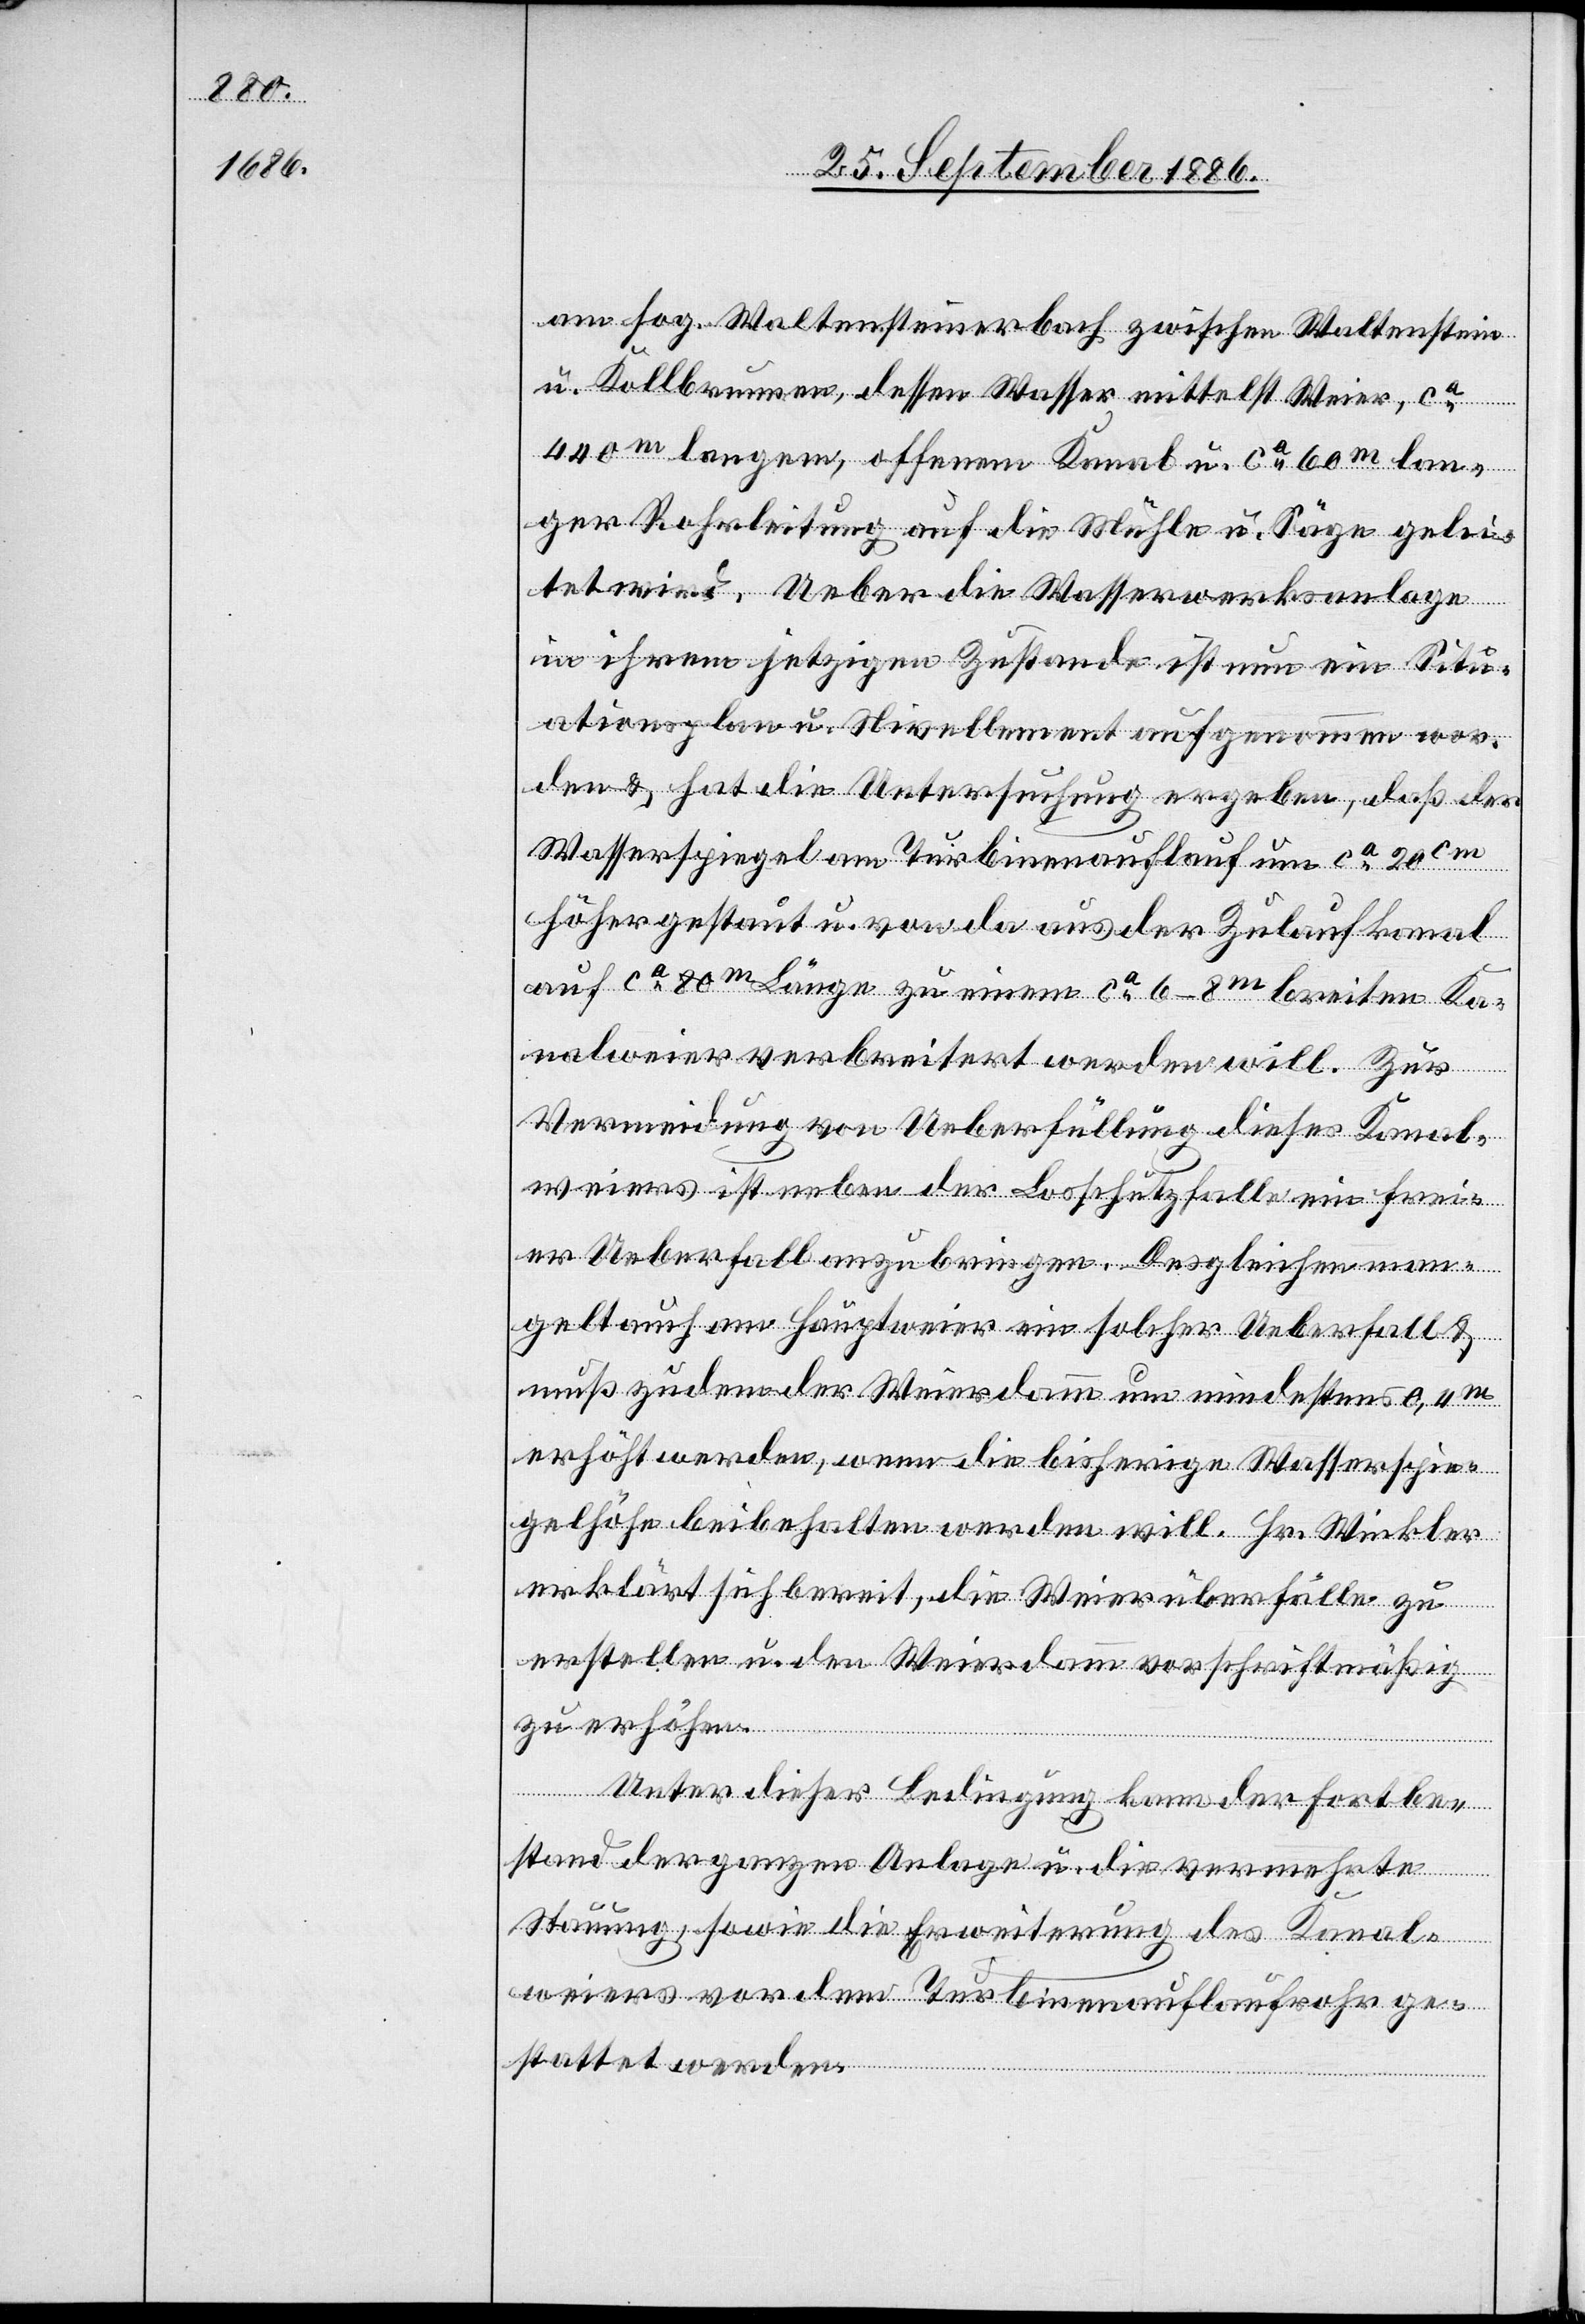
am sog. Waltensteinerbach zwischen Waltenstein
u. Kollbrunnen, dessen Wasser mittelst Weier, ca
440m langem, offenem Kanal u. ca 60m lan¬
ger Rohrleitung auf die Mühle u. Säge gelei¬
tet wird. Ueber die Wasserwerksanlage
in ihrem jetzigen Zustande ist nun ein Situ¬
ationsplan u. Nivellement aufgenommen wor¬
den & hat die Untersuchung ergeben, daß der
Wasserspiegel am Turbinenauflauf um ca 20cm
höher gestaut u. von da aus der Zulaufkanal
auf ca 80m Länge zu einem ca 6–8m breiten Ka¬
nalweier verbreitert werden will. Zur
Vermeidung von Ueberfüllung dieses Kanal¬
weiers ist neben der Losschutzfalle ein frei¬
er Ueberfall anzubringen. Desgleichen man¬
gelt am Hauptweier ein solcher Ueberfall &
muß zudem der Weierdamm um mindestens 0,4m
erhöht werden, wenn die bisherige Wasserspie¬
gelhöhe beibehalten werden will. Hr. Winkler
erklärt sich bereit, die Weierüberfälle zu
erstellen u. den Weierdamm vorschriftmäßig
zu erhöhen.
Unter dieser Bedingung kann der Fortbe¬
stand der ganzen Anlage u. die vermehrte
Stauung, sowie die Erweiterung des Kanal¬
weiers vor dem Turbinenauflaufrohr ge¬
stattet werden.